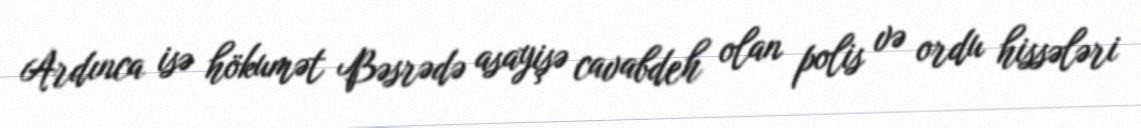
Ardınca isə hökumət Bəsrədə asayişə cavabdeh olan polis və ordu hissələri